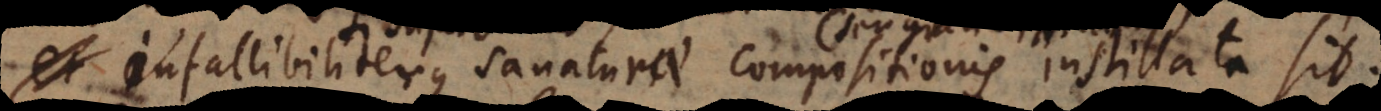
infallibiliterque sanaturae compositionis instillata sit.